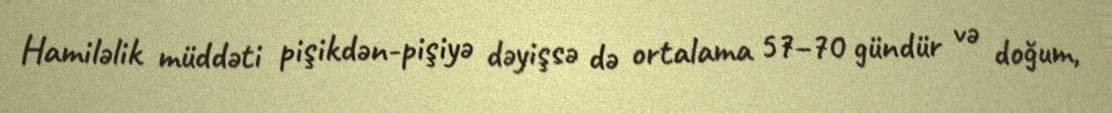
Hamiləlik müddəti pişikdən-pişiyə dəyişsə də ortalama 57–70 gündür və doğum,